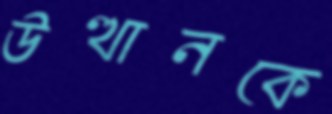
উত্থানকে